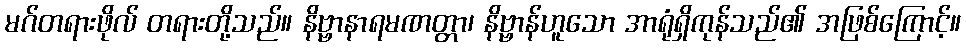
မဂ်တရားဖိုလ် တရားတို့သည်။ နိဗ္ဗာနာရမဏတ္တာ၊ နိဗ္ဗာန်ဟူသော အာရုံရှိကုန်သည်၏ အဖြစ်ကြောင့်။